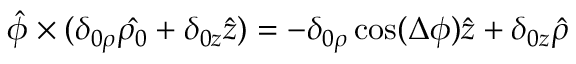
\hat { \phi } \times ( \delta _ { 0 \rho } \hat { \rho _ { 0 } } + \delta _ { 0 z } \hat { z } ) = - \delta _ { 0 \rho } \cos ( \Delta \phi ) \hat { z } + \delta _ { 0 z } \hat { \rho }